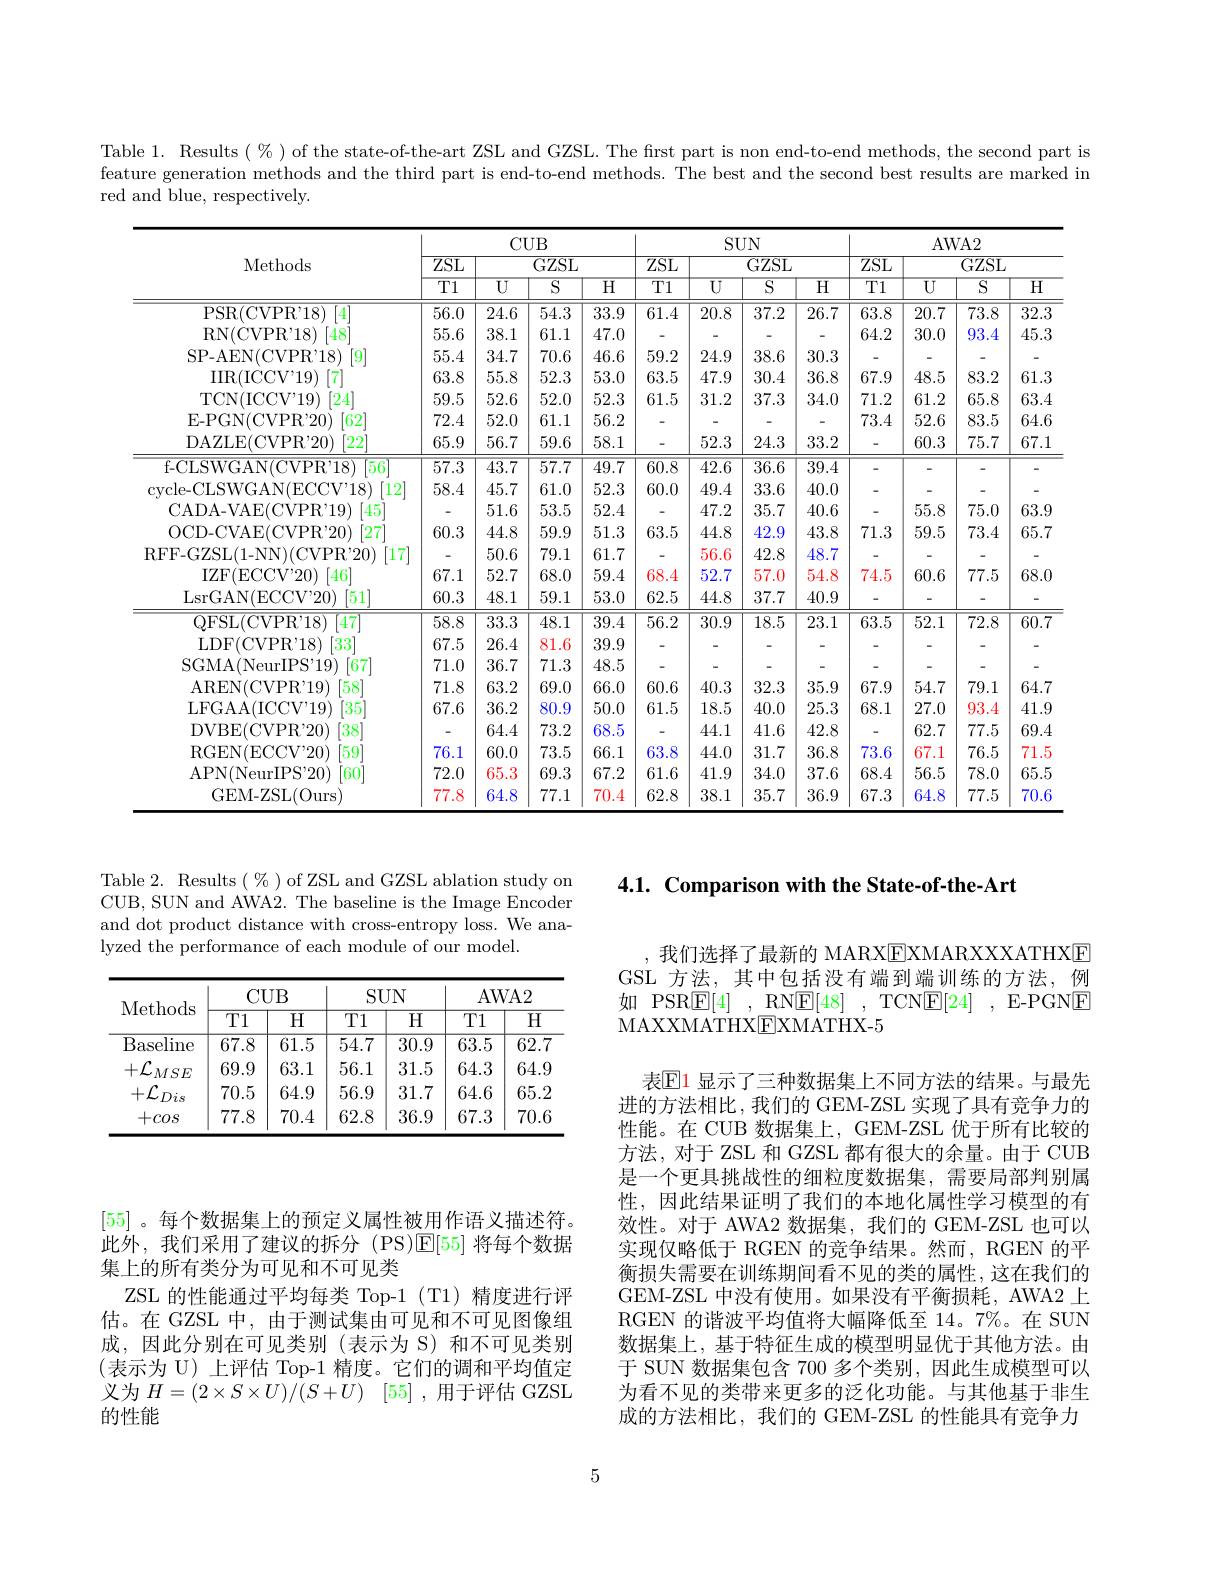
Table 1. Results $(\%)$ of the state-of-the-art ZSL and GZSL. The first part is non end-to-end methods, the second part is feature generation methods and the third part is end-to-end methods. The best and the second best results are marked in red and blue, respectively.

<table>
	<tbody>
		<tr>
			<th rowspan="3">Methods</th>
			<th colspan="4">$CUB$</th>
			<th> </th>
			<th>$SUN$</th>
			<th> </th>
			<th colspan="4">AWA2</th>
		</tr>
		<tr>
			<th rowspan="2">$\overline{\mathrm{ZSL}}$ T1</th>
			<th colspan="3">$GZSL$</th>
			<th>$\overline{ZSL}$</th>
			<th colspan="2">$L$ $GZSL$</th>
			<th>$\overline{ZSL}$</th>
			<th colspan="3">$AWA2$ $\overline{\mathrm{SL}}$ $GZSL$</th>
		</tr>
		<tr>
			<th>$\overline{U}$</th>
			<th>$\overline{S}$</th>
			<th>$\overline{\mathrm{H}}$</th>
			<th>$\overline{\text{T}1}$</th>
			<th>$\overline{S}$</th>
			<th>$\overline{{\mathrm{H}}}$</th>
			<th>$\overline{\mathrm{T1}}$</th>
			<th>$\overline{\mathrm{U}}$</th>
			<th>$\overline{S}$</th>
			<th>$\overline{\mathrm{H}}$</th>
		</tr>
		<tr>
			<td>PSR$( \mathrm{CVPR}^{, }18)$ 4</td>
			<td>56.0</td>
			<td>24.6</td>
			<td>54.3</td>
			<td>33.9</td>
			<td>61.4</td>
			<td>8 37.</td>
			<td>26.7</td>
			<td>63.8</td>
			<td>20.7</td>
			<td>73.8</td>
			<td>32.3</td>
		</tr>
		<tr>
			<td>RN(CVPR'18) $[48^{\prime}]$</td>
			<td>55.6</td>
			<td>38.1</td>
			<td>61.1</td>
			<td>47.0</td>
			<td>-</td>
			<td> </td>
			<td>-</td>
			<td>64.2</td>
			<td>30.0</td>
			<td>93.4</td>
			<td>45.3</td>
		</tr>
		<tr>
			<td>SP- AEN(CVP$R^{\prime }$18) $\lceil9\rceil$</td>
			<td>55.4</td>
			<td>34.7</td>
			<td>70.6</td>
			<td>46.6</td>
			<td>59.2</td>
			<td>.9 38.</td>
			<td>30.3</td>
			<td> </td>
			<td> </td>
			<td> </td>
			<td>-</td>
		</tr>
		<tr>
			<td>$\operatorname{IIR}(\operatorname{ICCV}^{\prime}19)$ 17</td>
			<td>63.8</td>
			<td>55.8</td>
			<td>52.3</td>
			<td>53.0</td>
			<td>63.5</td>
			<td>.9 30.</td>
			<td>36.8</td>
			<td>67.9</td>
			<td>48.5</td>
			<td>83.2</td>
			<td>61.3</td>
		</tr>
		<tr>
			<td>TCN( ICC$V^{\prime }$19) $\left[24\right]$</td>
			<td>59.5</td>
			<td>52.6</td>
			<td>52.0</td>
			<td>52.3</td>
			<td>61.5</td>
			<td>37. 2</td>
			<td>34.0</td>
			<td>71.2</td>
			<td>61.2</td>
			<td>65.8</td>
			<td>63.4</td>
		</tr>
		<tr>
			<td>E-PGN(CVPR'20) [62]</td>
			<td>72.4</td>
			<td>52.0</td>
			<td>61.1</td>
			<td>56.2</td>
			<td> </td>
			<td> </td>
			<td> </td>
			<td>73.4</td>
			<td>52.6</td>
			<td>83.5</td>
			<td>64.6</td>
		</tr>
		<tr>
			<td>DAZLE(CVP$R^{\prime }$20) $\left[22\right]$</td>
			<td>65.9</td>
			<td>56.7</td>
			<td>59.6</td>
			<td>58.1</td>
			<td> </td>
			<td>3 24.</td>
			<td>33.2</td>
			<td> </td>
			<td>60.3</td>
			<td>75.7</td>
			<td>67.1</td>
		</tr>
		<tr>
			<td>f-CLSWGAN(CVPR'18) 56</td>
			<td>$\overline{57.3}$</td>
			<td>$\overline{43.7}$</td>
			<td>$\overline{57.7}$</td>
			<td>$\overline{49.7}$</td>
			<td>$\overline{60.8}$</td>
			<td>6 $\overline{36.}$</td>
			<td>$\overline{39.4}$</td>
			<td> </td>
			<td>-</td>
			<td> </td>
			<td>-</td>
		</tr>
		<tr>
			<td>$\operatorname{cycle-CLSWGAN}(\operatorname{ECCV}^{\prime}18)$ $\left\lceil12^{\prime}\right\rceil$</td>
			<td>58.4</td>
			<td>45.7</td>
			<td>61.0</td>
			<td>52.3</td>
			<td>60.0</td>
			<td>4 33.</td>
			<td>40.0</td>
			<td> </td>
			<td>-</td>
			<td>-</td>
			<td>-</td>
		</tr>
		<tr>
			<td>CADA- VAE( CVP$R^{\prime }$19) [45]</td>
			<td>-</td>
			<td>51.6</td>
			<td>53.5</td>
			<td>52.4</td>
			<td>-</td>
			<td>35. 2</td>
			<td>40.6</td>
			<td>-</td>
			<td>55.8</td>
			<td>75.0</td>
			<td>63.9</td>
		</tr>
		<tr>
			<td>OCD- CVAE( CVP$R^{\prime }$20) [27</td>
			<td>60.3</td>
			<td>44.8</td>
			<td>59.9</td>
			<td>51.3</td>
			<td>63.5</td>
			<td>8 42.</td>
			<td>43.8</td>
			<td>71.3</td>
			<td>59.5</td>
			<td>73.4</td>
			<td>65.7</td>
		</tr>
		<tr>
			<td>RFF-GZSL(1-NN)(CVPR'20) [17]</td>
			<td> </td>
			<td>50.6</td>
			<td>79.1</td>
			<td>61.7</td>
			<td> </td>
			<td>6 42.</td>
			<td>48.7</td>
			<td> </td>
			<td> </td>
			<td> </td>
			<td>-</td>
		</tr>
		<tr>
			<td>IZF(ECCV'20) $[46^{\prime}]$</td>
			<td>67.1</td>
			<td>52.7</td>
			<td>68.0</td>
			<td>59.4</td>
			<td>68.4</td>
			<td>7 57.1</td>
			<td>54.8</td>
			<td>74.5</td>
			<td>60.6</td>
			<td>77.5</td>
			<td>68.0</td>
		</tr>
		<tr>
			<td>LsrGAN(ECCV" 20) [51]</td>
			<td>60.3</td>
			<td>48.1</td>
			<td>59.1</td>
			<td>53.0</td>
			<td>62.5</td>
			<td>8 37.</td>
			<td>40.9</td>
			<td> </td>
			<td>-</td>
			<td> </td>
			<td>-</td>
		</tr>
		<tr>
			<td>QFSL(CVP$R^{\prime }$18) [47]</td>
			<td>$\overline{58.8}$</td>
			<td>$\overline{33.3}$</td>
			<td>48.1</td>
			<td>39.4</td>
			<td>$\overline{56.2}$</td>
			<td>9 $\overline{18.}$</td>
			<td>23.1</td>
			<td>63.5</td>
			<td>$\overline{52.1}$</td>
			<td>$\overline{72.8}$</td>
			<td>$\overline{60.7}$</td>
		</tr>
		<tr>
			<td>LDF(CVPR'18) $\lceil33\rceil$</td>
			<td>67.5</td>
			<td>26.4</td>
			<td>81.6</td>
			<td>39.9</td>
			<td>-</td>
			<td> </td>
			<td>-</td>
			<td>-</td>
			<td>-</td>
			<td> </td>
			<td>-</td>
		</tr>
		<tr>
			<td>SGMA( NeurIP$S^{\prime }$19) $[67^{'}$</td>
			<td>71.0</td>
			<td>36.7</td>
			<td>71.3</td>
			<td>48.5</td>
			<td>-</td>
			<td> </td>
			<td>-</td>
			<td>-</td>
			<td>-</td>
			<td> </td>
			<td>-</td>
		</tr>
		<tr>
			<td>AREN( CVP$R^{\prime }$19) [58]</td>
			<td>71.8</td>
			<td>63.2</td>
			<td>69.0</td>
			<td>66.0</td>
			<td>60.6</td>
			<td>3 32.</td>
			<td>35.9</td>
			<td>67.9</td>
			<td>54.7</td>
			<td>79.1</td>
			<td>64.7</td>
		</tr>
		<tr>
			<td>LFGAA( ICCV" 19) [35]</td>
			<td>67.6</td>
			<td>36.2</td>
			<td>80.9</td>
			<td>50.0</td>
			<td>61.5</td>
			<td>5 40.</td>
			<td>25.3</td>
			<td>68.1</td>
			<td>27.0</td>
			<td>93.4</td>
			<td>41.9</td>
		</tr>
		<tr>
			<td>DVBE( CVPR" 20) [38]</td>
			<td> </td>
			<td>64.4</td>
			<td>73.2</td>
			<td>68.5</td>
			<td>-</td>
			<td>1 41.</td>
			<td>42.8</td>
			<td>-</td>
			<td>62.7</td>
			<td>77.5</td>
			<td>69.4</td>
		</tr>
		<tr>
			<td>RGEN( ECCV" 20) [59]</td>
			<td>76.1</td>
			<td>60.0</td>
			<td>73.5</td>
			<td>66.1</td>
			<td>63.8</td>
			<td>31. 0</td>
			<td>36.8</td>
			<td>73.6</td>
			<td>67.1</td>
			<td>76.5</td>
			<td>71.5</td>
		</tr>
		<tr>
			<td>APN( NeurIPS" 20) $\lceil60\rceil$</td>
			<td>72.0</td>
			<td>65.3</td>
			<td>69.3</td>
			<td>67.2</td>
			<td>61.6</td>
			<td>.9 34.</td>
			<td>37.6</td>
			<td>68.4</td>
			<td>56.5</td>
			<td>78.0</td>
			<td>65.5</td>
		</tr>
		<tr>
			<td>GEM-ZSL(Ours)</td>
			<td>77.8</td>
			<td>64.8</td>
			<td>77.1</td>
			<td>70.4</td>
			<td>62.8</td>
			<td>1 35.</td>
			<td>36.9</td>
			<td>67.3</td>
			<td>64.8</td>
			<td>77.5</td>
			<td>70.6</td>
		</tr>
	</tbody>
</table>

4.1. Comparison with the State-of-the-Art

Table 2. Results $(\begin{array}{c}\%\end{array})$of ZSL and GZSL ablation study on CUB, SUN and AWA2. The baseline is the Image Encoder and dot product distance with cross-entropy loss. We analyzed the performance of each module of our model.

<table>
	<tbody>
		<tr>
			<th rowspan="2">Methods</th>
			<th colspan="2">$CUB$</th>
			<th colspan="2">$SUN$</th>
			<th colspan="2">AWA2</th>
		</tr>
		<tr>
			<th>T1</th>
			<th>$\overline{{\mathrm{H}}}$</th>
			<th>T1</th>
			<th>$\overline{{\mathrm{H}}}$</th>
			<th>$T1$</th>
			<th>$\overline{{\mathrm{H}}}$</th>
		</tr>
		<tr>
			<td>$\overline{\mathrm{Baseline}}$</td>
			<td>67.8</td>
			<td>61.5</td>
			<td>54.7</td>
			<td>30.9</td>
			<td>63.5</td>
			<td>62.7</td>
		</tr>
		<tr>
			<td>$+\mathcal{L}_{MSE}$</td>
			<td>69.9</td>
			<td>63.1</td>
			<td>56.1</td>
			<td>31.5</td>
			<td>64.3</td>
			<td>64.9</td>
		</tr>
		<tr>
			<td>$+\mathcal{L}_{Dis}$</td>
			<td>70.5</td>
			<td>64.9</td>
			<td>56.9</td>
			<td>31.7</td>
			<td>64.6</td>
			<td>65.2</td>
		</tr>
		<tr>
			<td>$+cos$</td>
			<td>77.8</td>
			<td>70.4</td>
			<td>62.8</td>
			<td>36.9</td>
			<td>67.3</td>
			<td>70.6</td>
		</tr>
	</tbody>
</table>

[55] 。每个数据集上的预定义属性被用作语义描述符。此外，我们采用了建议的拆分(PS)E[55]将每个数据集上的所有类分为可见和不可见类
ZSL 的性能通过平均每类 Top-1 (T1) 精度进行评估。在 GZSL 中，由于测试集由可见和不可见图像组成，因此分别在可见类别(表示为 S)和不可见类别(表示为 U)上评估 Top-1 精度。它们的调和平均值定义为$H= ( 2\times S\times U) / ( S+ U)$ [55] ,用于评估 GZSL 的性能

我们选择了最新的 MARXEXMARXXXATHXE

GSL 方法、其中包括没有端到端训练的方法、例

如 PSR$\boxed{\mathbb{F} }[ 4]$ ,RN$\boxed{\mathbb{F} }[ 48]$ ,TCN$\boxed{\mathbb{E} }[ 24]$ ,E-PGN$\boxed{\mathbb{F}}$

MAXXMATHXEXMATHX- 5

表$\mathbb{E}$1 显示了三种数据集上不同方法的结果。与最先进的方法相比，我们的 GEM-ZSL 实现了具有竞争力的性能。在 CUB 数据集上，GEM-ZSL 优于所有比较的方法，对于 ZSL 和 GZSL 都有很大的余量。由于 CUB 是一个更具挑战性的细粒度数据集，需要局部判别属性，因此结果证明了我们的本地化属性学习模型的有效性。对于 AWA2 数据集，我们的 GEM-ZSL 也可以实现仅略低于 RGEN 的竞争结果。然而，RGEN 的平衡损失需要在训练期间看不见的类的属性，这在我们的GEM-ZSL 中没有使用。如果没有平衡损耗，AWA2 上RGEN 的谐波平均值将大幅降低至 14。7%。在 SUN 数据集上，基于特征生成的模型明显优于其他方法。由于 SUN 数据集包含 700 多个类别，因此生成模型可以为看不见的类带来更多的泛化功能。与其他基于非生成的方法相比，我们的 GEM-ZSL 的性能具有竞争力

5